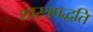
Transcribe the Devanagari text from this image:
शास्त्रपद्धति